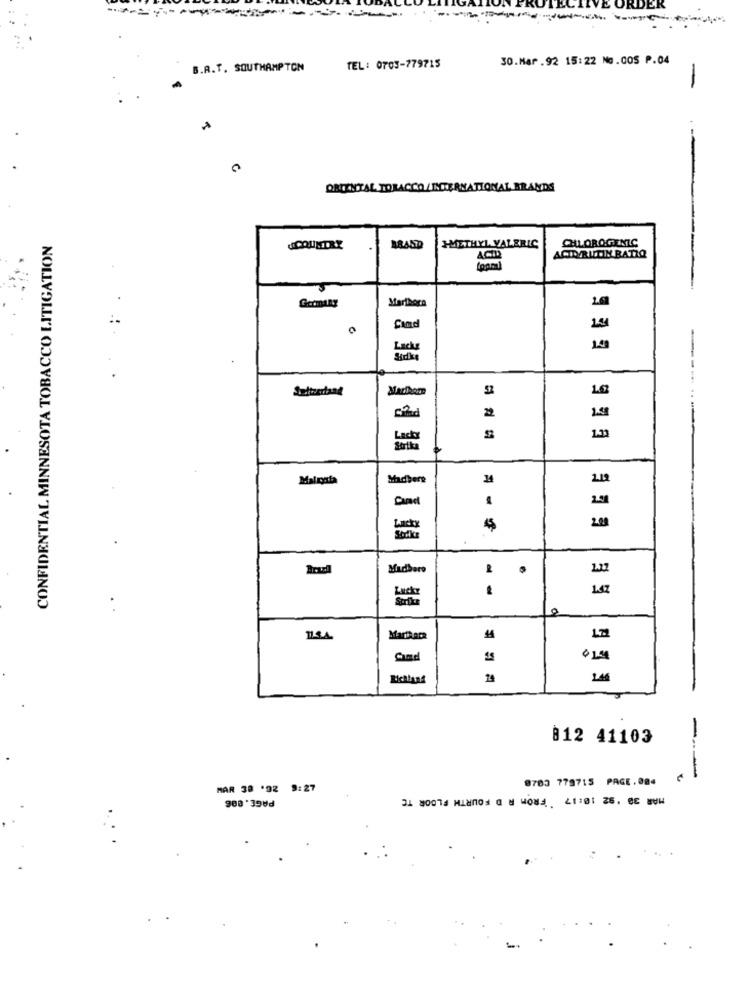
EK
30.Mar .92 15:22 No.COS P.04
B.A.T. SOUTHAMPTON
TEL: 0703-779715
-
.--
ORTINITIAL TOBACCO INTERNATIONAL BRANDS
CONFIDENTIAL MINNESOTA TOBACCO LITIGATION
BRASD
H-METHYL VALERIC
CHLOROGENIC
ACID
ACID RUTIN BATIQ
Marthora
Germany
Cand
Lucky
Marion
22
Lucky
1.33
Madbers
Lucky
45
200
Madbero
Lucky
39
Scrila
0
1
Richland
812 41103
8703 779715 PAGE.084
---
MAR 38 '92 9:27
PAGE. 886